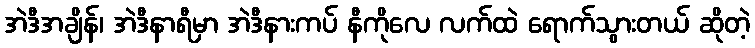
အဲဒီအချိန်၊ အဲဒီနာရီမှာ အဲဒီနားကပ် နီကိုလေ လက်ထဲ ရောက်သွားတယ် ဆိုတဲ့